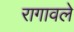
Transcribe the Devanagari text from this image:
रागावले